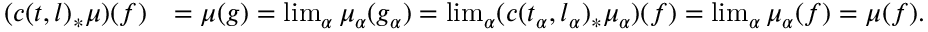
\begin{array} { r l } { ( c ( t , l ) _ { * } \mu ) ( f ) } & { = \mu ( g ) = \operatorname* { l i m } _ { \alpha } \mu _ { \alpha } ( g _ { \alpha } ) = \operatorname* { l i m } _ { \alpha } ( c ( t _ { \alpha } , l _ { \alpha } ) _ { * } \mu _ { \alpha } ) ( f ) = \operatorname* { l i m } _ { \alpha } \mu _ { \alpha } ( f ) = \mu ( f ) . } \end{array}